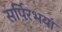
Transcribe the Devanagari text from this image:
सर्पिरभयां